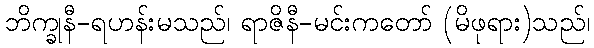
ဘိက္ခုနီ-ရဟန်းမသည်၊ ရာဇိနီ-မင်းကတော် (မိဖုရား)သည်၊